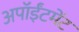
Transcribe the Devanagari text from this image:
अपॉईंटमेंट